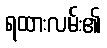
ရထားလမ်း၏